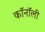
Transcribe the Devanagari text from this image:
कॉनॉली